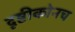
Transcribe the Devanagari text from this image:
दृष्टीकोनच